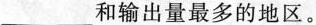
___最为丰富、石油和输出量最多的地区。